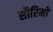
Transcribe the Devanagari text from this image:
सौरिमो